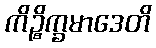
ကိဉ္စိက္ခမာဒေတိ